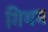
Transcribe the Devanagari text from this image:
गियम